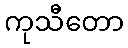
ကုသီတော